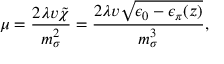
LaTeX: \mu = { \frac { 2 \lambda v \tilde { \chi } } { m _ { \sigma } ^ { 2 } } } = { \frac { 2 \lambda v \sqrt { \epsilon _ { 0 } - \epsilon _ { \pi } ( z ) } } { m _ { \sigma } ^ { 3 } } } ,